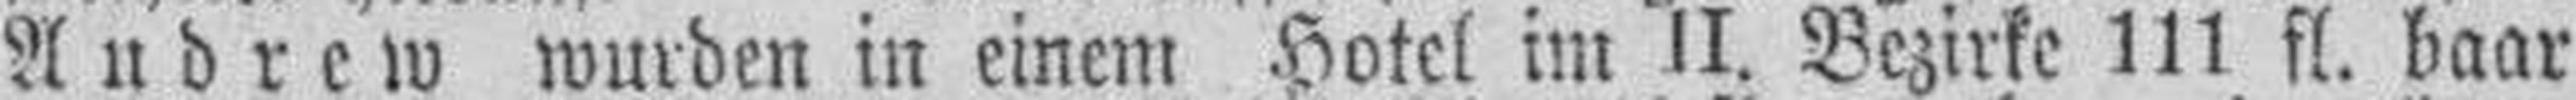
Andrew wurden in einem Hotel im II. Bezirke 111 fl. baar